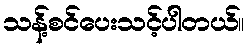
သန့်စင်ပေးသင့်ပါတယ်။